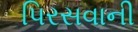
પિરસવાની